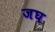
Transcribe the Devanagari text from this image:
जघ